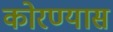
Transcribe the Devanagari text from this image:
कोरण्यास